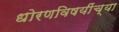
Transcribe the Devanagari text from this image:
धोरणविषयींच्या